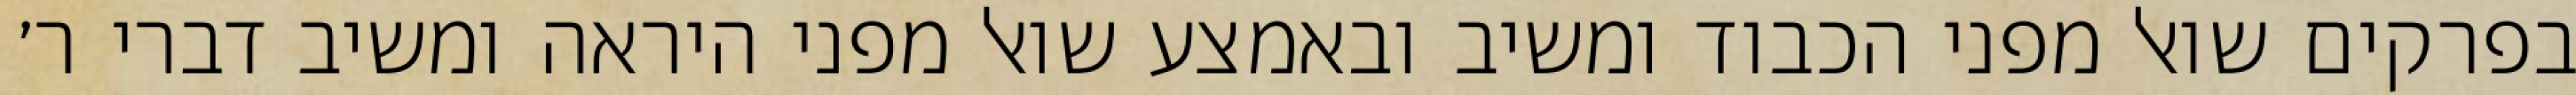
בפרקים שואל מפני הכבוד ומשיב ובאמצע שואל מפני היראה ומשיב דברי ר׳